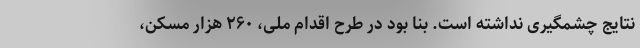
نتایج چشمگیری نداشته است. بنا بود در طرح اقدام ملی، ۲۶۰ هزار مسکن،